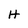
Character: H